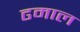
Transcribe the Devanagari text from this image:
ढमाल